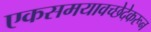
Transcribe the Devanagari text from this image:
एकसमयावच्छेदेकरून